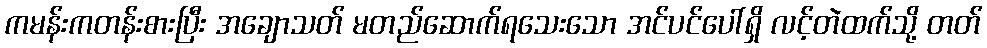
ကမန်းကတန်းစားပြီး အချောသတ် မတည်ဆောက်ရသေးသော အင်ပင်ပေါ်ရှိ လင့်တဲထက်သို့ တတ်